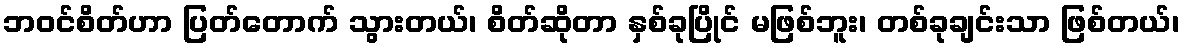
ဘဝင်စိတ်ဟာ ပြတ်တောက် သွားတယ်၊ စိတ်ဆိုတာ နှစ်ခုပြိုင် မဖြစ်ဘူး၊ တစ်ခုချင်းသာ ဖြစ်တယ်၊